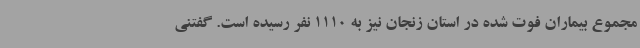
مجموع بیماران فوت شده در استان زنجان نیز به 1110 نفر رسیده است. گفتنی